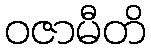
ဝဇာမီတိ